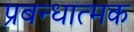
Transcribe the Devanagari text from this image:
प्रबन्धात्मक